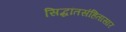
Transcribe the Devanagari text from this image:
सिद्धांतसंहितासार